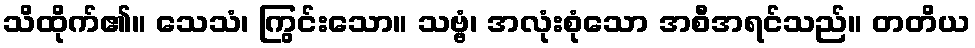
သိထိုက်၏။ သေသံ၊ ကြွင်းသော။ သဗ္ဗံ၊ အလုံးစုံသော အစီအရင်သည်။ တတိယ